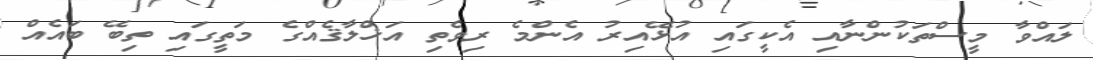
ލައްވާ މީސްތަކުންނާއި އެކީގައި އުޅޭއިރު އެންމެ ރިވެތި އަޚްލާޤެއްގެ މަތީގައި ތިބޭ ބައެއް